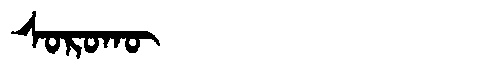
Manchu: ᠰᠣᡵᠣᡴᡡ
Romanization: SOROKŪ